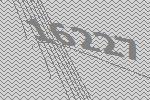
16227